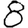
Digit: 8